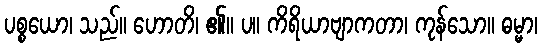
ပစ္စယော၊ သည်။ ဟောတိ၊ ၏။ ပ။ ကိရိယာဗျာကတာ၊ ကုန်သော။ ဓမ္မာ၊